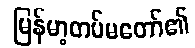
မြန်မာ့တပ်မတော်၏